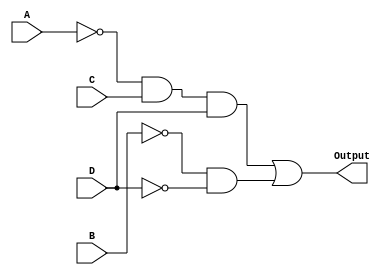
module k_map_comb_logic (
    input wire A,        // Input variable A
    input wire B,        // Input variable B
    input wire C,        // Input variable C
    input wire D,        // Input variable D
    output wire Output   // Output based on the K-map simplification
);

// Internal signals for the product terms
wire A_comp = ~A;         // NOT A
wire B_comp = ~B;         // NOT B
wire C_comp = ~C;         // NOT C
wire D_comp = ~D;         // NOT D

// Product term for group 1: A'CD
wire term1 = A_comp & C & D;

// Product term for group 2: B'D'
wire term2 = B_comp & D_comp;

// Final output by ORing the product terms
assign Output = term1 | term2;

endmodule